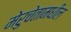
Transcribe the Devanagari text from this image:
मेरुचेतामधील